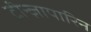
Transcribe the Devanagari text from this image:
टीन्ज़ापारिन